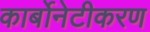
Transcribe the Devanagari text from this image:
कार्बोनेटीकरण